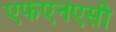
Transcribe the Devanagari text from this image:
एफएनएसी